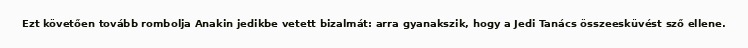
Ezt követően tovább rombolja Anakin jedikbe vetett bizalmát: arra gyanakszik, hogy a Jedi Tanács összeesküvést sző ellene.